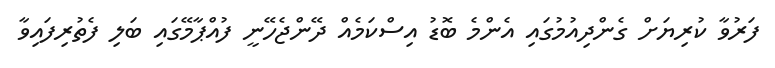
ފަރުވާ ކުރިޔަށް ގެންދިއުމުގައި އެންމެ ބޮޑު އިސްކަމެއް ދޭންޖެހޭނީ ފުއްޕާމޭގައި ބަލި ފެތުރިފައިވާ